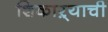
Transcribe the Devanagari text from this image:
शिकाऱ्याची